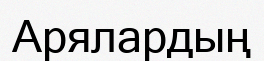
Арялардың